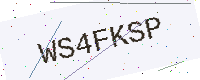
Text: WS4FKSP